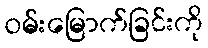
ဝမ်းမြောက်ခြင်းကို